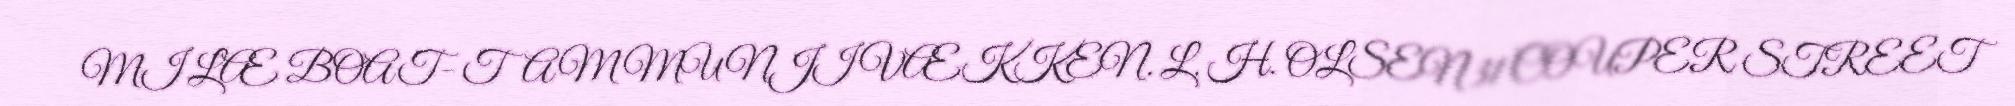
MI LÆ BOAT- TAM MUNJI VÆKKEN. L. H. OLSEN 31 COUPER STREET